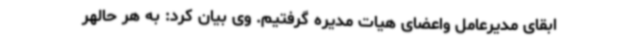
ابقای مدیرعامل واعضای هیات مدیره گرفتیم. وی بیان کرد: به هر حالهر